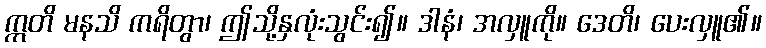
ဣတိ မနသိ ကရိတွာ၊ ဤသို့နှလုံးသွင်း၍။ ဒါနံ၊ အလှူကို။ ဒေတိ၊ ပေးလှူ၏။